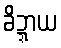
ခိဍ္ဍာယ